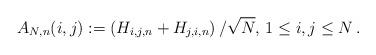
LaTeX: \begin{align*} A_{N,n}(i,j):=\left(H_{i,j,n}+H_{j,i,n}\right)/\sqrt N,\,1\le i,j\le N\,.\end{align*}